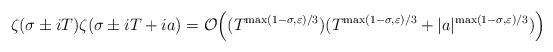
LaTeX: \begin{align*}\zeta(\sigma\pm iT)\zeta(\sigma\pm iT+ia)=\mathcal{O}\Big((T^{\max(1-\sigma,\varepsilon)/3})(T^{\max(1-\sigma,\varepsilon)/3} +|a|^{\max(1-\sigma,\varepsilon)/3})\Big)\end{align*}